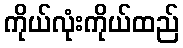
ကိုယ်လုံးကိုယ်ထည်